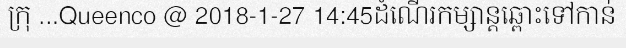
ក្រុ ...Queenco @ 2018-1-27 14:45ដំណើរកម្សាន្តឆ្ពោះទៅកាន់